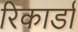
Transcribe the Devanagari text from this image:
रिकार्डा